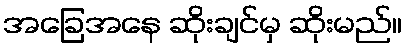
အခြေအနေ ဆိုးချင်မှ ဆိုးမည်။